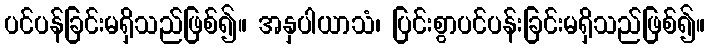
ပင်ပန်ခြင်းမရှိသည်ဖြစ်၍။ အနှပါယာသံ၊ ပြင်းစွာပင်ပန်းခြင်းမရှိသည်ဖြစ်၍။